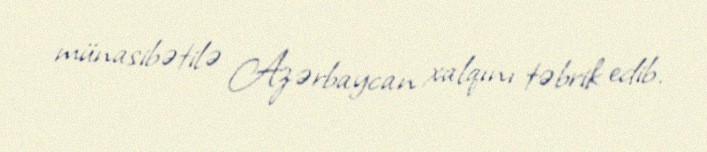
münasibətilə Azərbaycan xalqını təbrik edib.